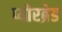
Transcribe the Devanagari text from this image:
प्योरब्रेड